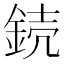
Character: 𨧣